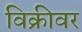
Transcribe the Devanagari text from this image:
विक्रीवर